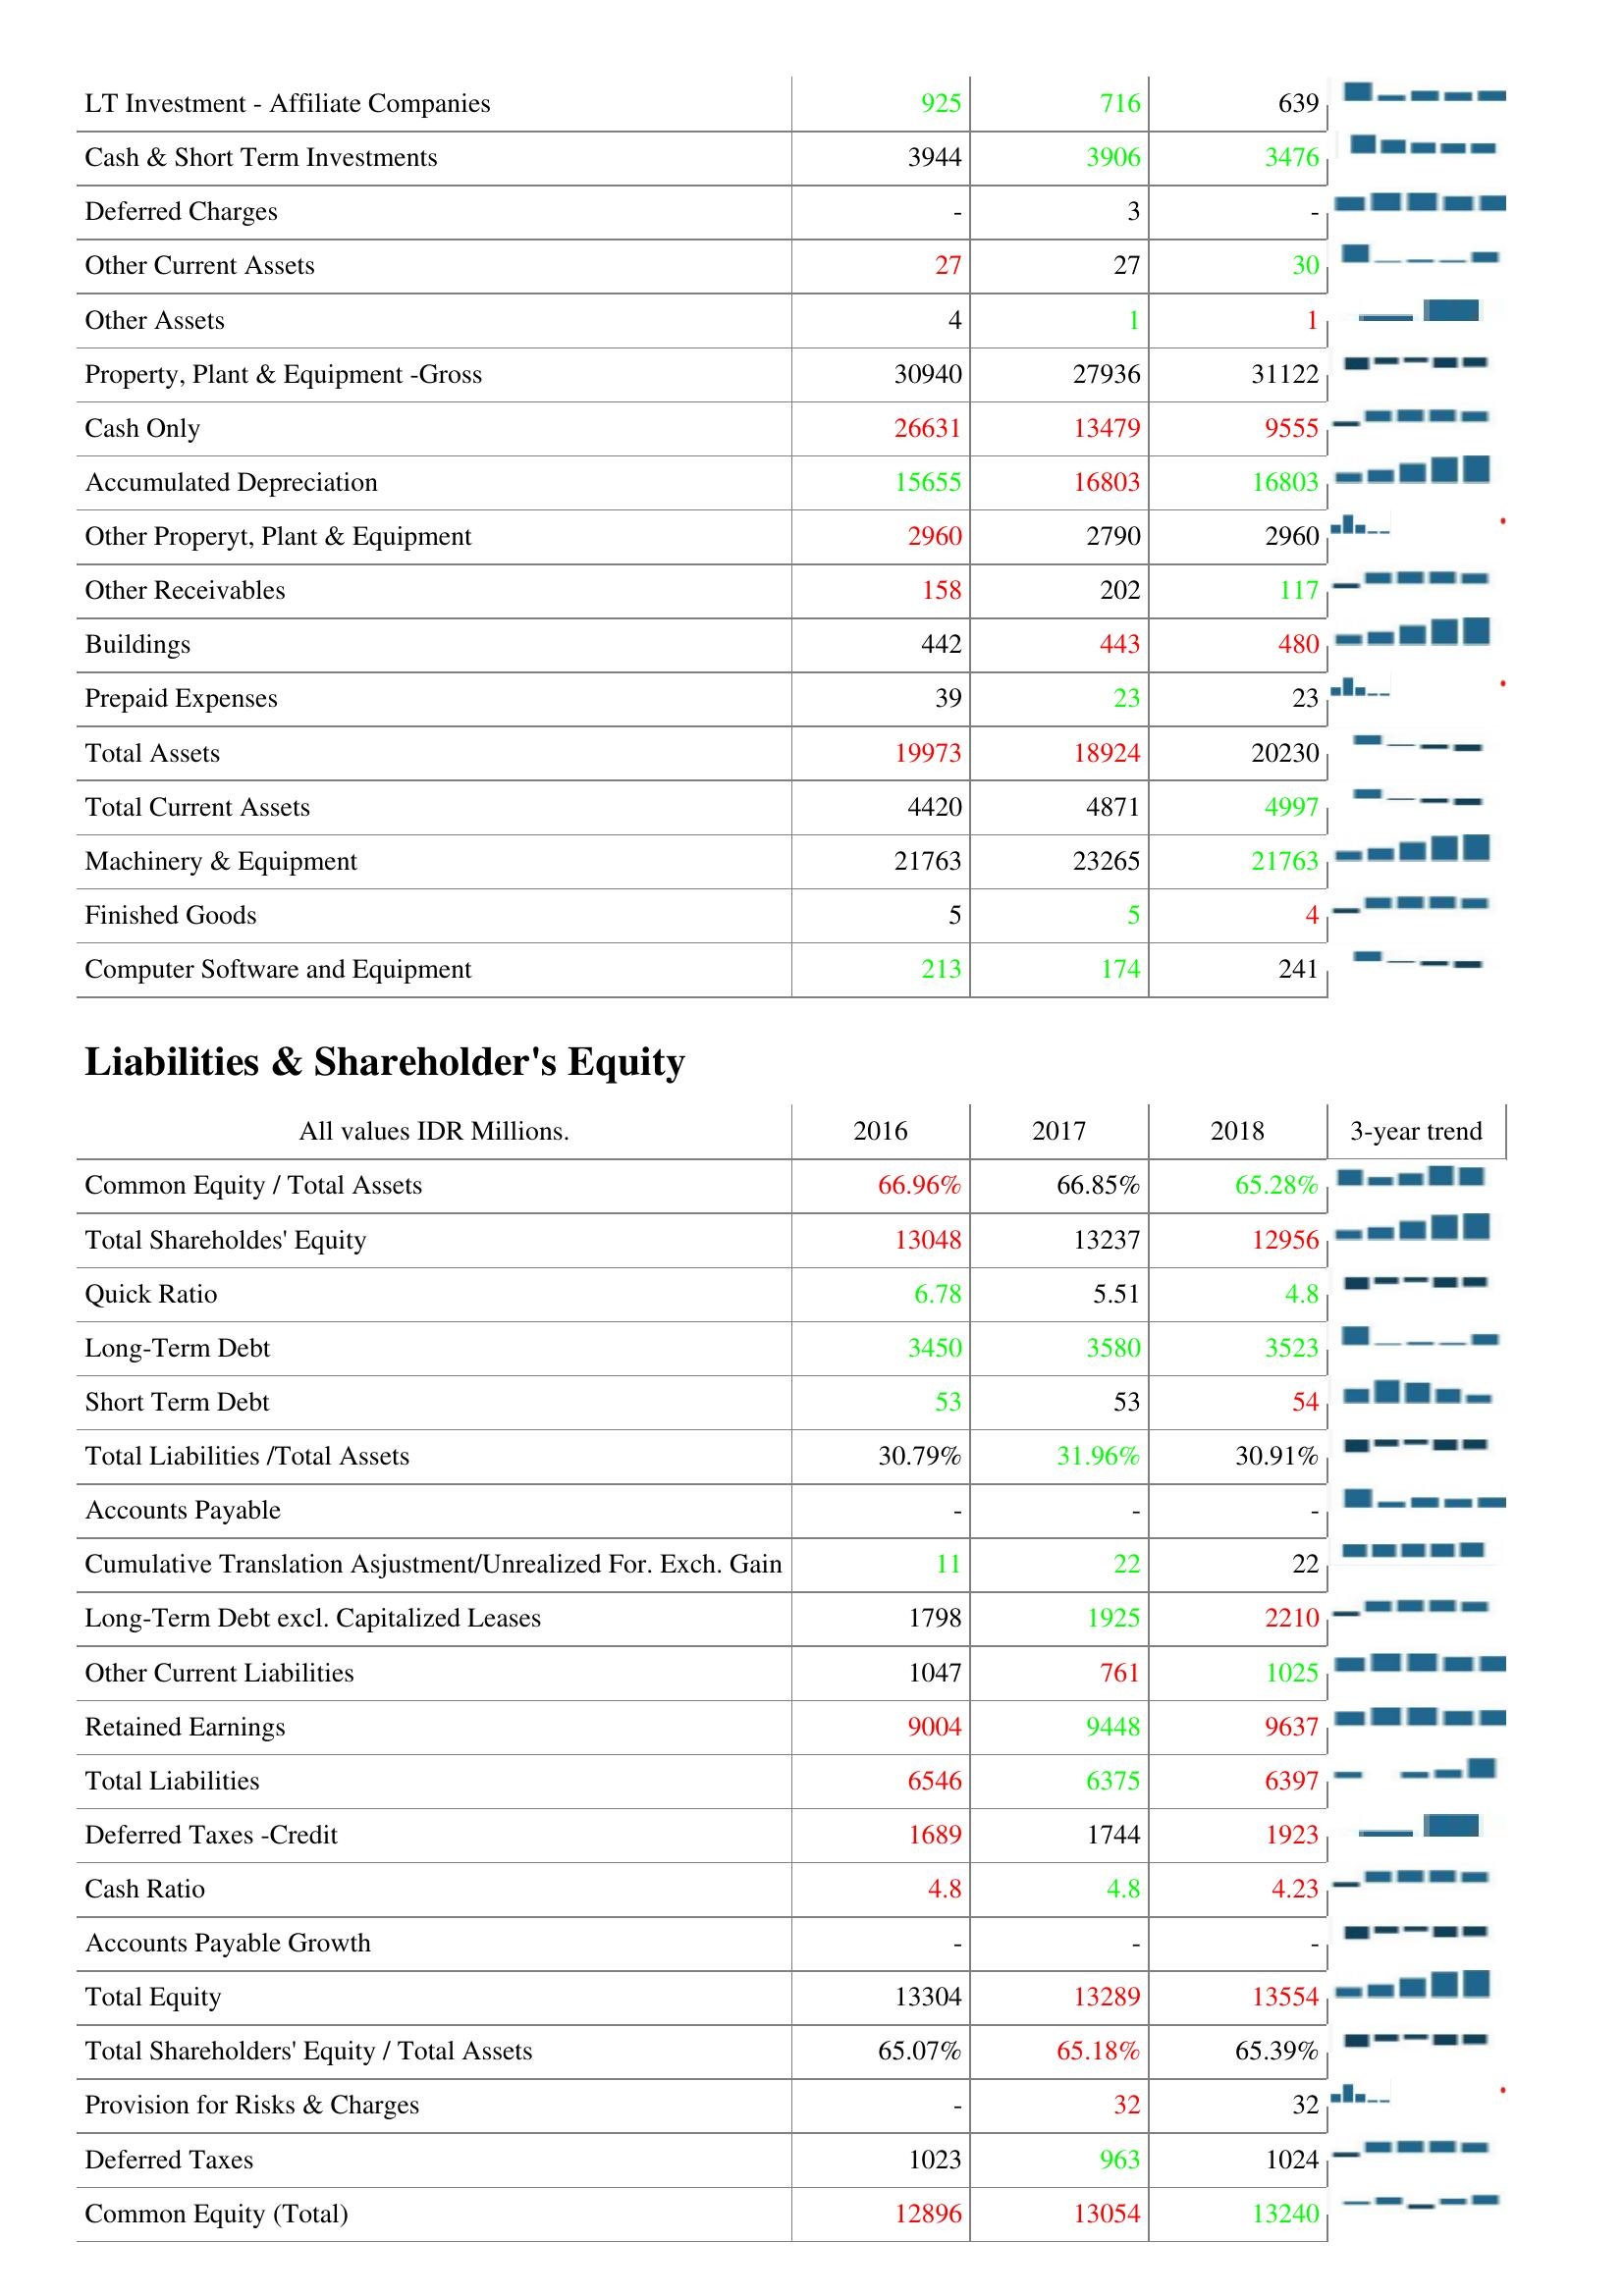
2016: Assets: LT Investment - Affiliate Companies: 925
Cash & Short Term Investments: 3944
Deferred Charges: -
Other Current Assets: 27
Other Assets: 4
Property, Plant & Equipment -Gross: 30940
Cash Only: 26631
Accumulated Depreciation: 15655
Other Properyt, Plant & Equipment: 2960
Other Receivables: 158
Buildings: 442
Prepaid Expenses: 39
Total Assets: 19973
Total Current Assets: 4420
Machinery & Equipment: 21763
Finished Goods: 5
Computer Software and Equipment: 213
Liabilities & Shareholder's Equity: Common Equity / Total Assets: 66.96%
Total Shareholdes' Equity: 13048
Quick Ratio: 6.78
Long-Term Debt: 3450
Short Term Debt: 53
Total Liabilities /Total Assets: 30.79%
Accounts Payable: -
Cumulative Translation Asjustment/Unrealized For. Exch. Gain: 11
Long-Term Debt excl. Capitalized Leases: 1798
Other Current Liabilities: 1047
Retained Earnings: 9004
Total Liabilities: 6546
Deferred Taxes -Credit: 1689
Cash Ratio: 4.8
Accounts Payable Growth: -
Total Equity: 13304
Total Shareholders' Equity / Total Assets: 65.07%
Provision for Risks & Charges: -
Deferred Taxes: 1023
Common Equity (Total): 12896
2017: Assets: LT Investment - Affiliate Companies: 716
Cash & Short Term Investments: 3906
Deferred Charges: 3
Other Current Assets: 27
Other Assets: 1
Property, Plant & Equipment -Gross: 27936
Cash Only: 13479
Accumulated Depreciation: 16803
Other Properyt, Plant & Equipment: 2790
Other Receivables: 202
Buildings: 443
Prepaid Expenses: 23
Total Assets: 18924
Total Current Assets: 4871
Machinery & Equipment: 23265
Finished Goods: 5
Computer Software and Equipment: 174
Liabilities & Shareholder's Equity: Common Equity / Total Assets: 66.85%
Total Shareholdes' Equity: 13237
Quick Ratio: 5.51
Long-Term Debt: 3580
Short Term Debt: 53
Total Liabilities /Total Assets: 31.96%
Accounts Payable: -
Cumulative Translation Asjustment/Unrealized For. Exch. Gain: 22
Long-Term Debt excl. Capitalized Leases: 1925
Other Current Liabilities: 761
Retained Earnings: 9448
Total Liabilities: 6375
Deferred Taxes -Credit: 1744
Cash Ratio: 4.8
Accounts Payable Growth: -
Total Equity: 13289
Total Shareholders' Equity / Total Assets: 65.18%
Provision for Risks & Charges: 32
Deferred Taxes: 963
Common Equity (Total): 13054
2018: Assets: LT Investment - Affiliate Companies: 639
Cash & Short Term Investments: 3476
Deferred Charges: -
Other Current Assets: 30
Other Assets: 1
Property, Plant & Equipment -Gross: 31122
Cash Only: 9555
Accumulated Depreciation: 16803
Other Properyt, Plant & Equipment: 2960
Other Receivables: 117
Buildings: 480
Prepaid Expenses: 23
Total Assets: 20230
Total Current Assets: 4997
Machinery & Equipment: 21763
Finished Goods: 4
Computer Software and Equipment: 241
Liabilities & Shareholder's Equity: Common Equity / Total Assets: 65.28%
Total Shareholdes' Equity: 12956
Quick Ratio: 4.8
Long-Term Debt: 3523
Short Term Debt: 54
Total Liabilities /Total Assets: 30.91%
Accounts Payable: -
Cumulative Translation Asjustment/Unrealized For. Exch. Gain: 22
Long-Term Debt excl. Capitalized Leases: 2210
Other Current Liabilities: 1025
Retained Earnings: 9637
Total Liabilities: 6397
Deferred Taxes -Credit: 1923
Cash Ratio: 4.23
Accounts Payable Growth: -
Total Equity: 13554
Total Shareholders' Equity / Total Assets: 65.39%
Provision for Risks & Charges: 32
Deferred Taxes: 1024
Common Equity (Total): 13240